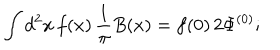
\int d ^ { 2 } x \, f ( x ) \, { \frac { 1 } { \pi } } B ( x ) = f ( 0 ) \, 2 \Phi ^ { ( 0 ) } ;